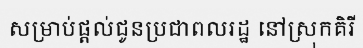
សម្រាប់ផ្តល់ជូនប្រជាពលរដ្ឋ នៅស្រុកគិរី